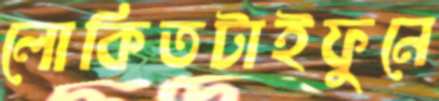
লোকিতটাইফুনে